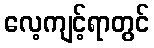
လေ့ကျင့်ရာတွင်